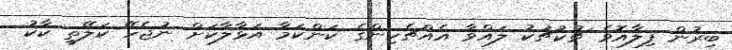
ބިރުން ފިލާއޮވެ ޗުކުޗުކު ލައްވާ އެއްޗެހިންގެ ކަންކަމާ އަޅާލާކަށް ނުޖެހޭ ކަލޭތީ ކާކު